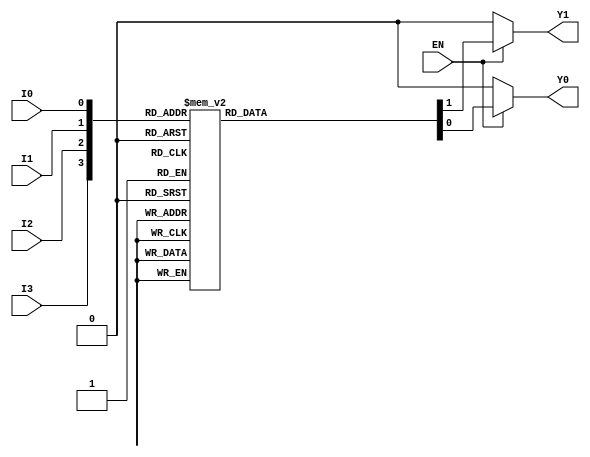
module encoder_4to2 (
    input wire I0,    // Input 0
    input wire I1,    // Input 1
    input wire I2,    // Input 2
    input wire I3,    // Input 3
    input wire EN,    // Enable signal
    output reg Y0,    // Output 0
    output reg Y1     // Output 1
);

always @(*) begin
    if (!EN) begin
        // If enable is low, set outputs to 00 (or high-impedance if needed)
        Y0 = 1'b0;
        Y1 = 1'b0;
    end else begin
        // Priority encoding
        case ({I3, I2, I1, I0})
            4'b0000: begin
                Y0 = 1'b0;
                Y1 = 1'b0; // No active input
            end
            4'b0001: begin
                Y0 = 1'b0;
                Y1 = 1'b0; // Output: 00
            end
            4'b0010: begin
                Y0 = 1'b1;
                Y1 = 1'b0; // Output: 01
            end
            4'b0100: begin
                Y0 = 1'b0;
                Y1 = 1'b1; // Output: 10
            end
            4'b1000: begin
                Y0 = 1'b1;
                Y1 = 1'b1; // Output: 11
            end
            // Handle cases with multiple active inputs
            4'b0011: begin
                Y0 = 1'b0;
                Y1 = 1'b1; // Output: 01 (I1 is prioritized)
            end
            4'b0110: begin
                Y0 = 1'b0;
                Y1 = 1'b1; // Output: 10 (I2 is prioritized)
            end
            4'b1100: begin
                Y0 = 1'b1;
                Y1 = 1'b1; // Output: 11 (I3 is prioritized)
            end
            4'b1110: begin
                Y0 = 1'b1;
                Y1 = 1'b1; // Output: 11 (I3 is prioritized)
            end
            4'b1101: begin
                Y0 = 1'b1;
                Y1 = 1'b1; // Output: 11 (I3 is prioritized)
            end
            4'b1011: begin
                Y0 = 1'b1;
                Y1 = 1'b1; // Output: 11 (I3 is prioritized)
            end
            4'b0111: begin
                Y0 = 1'b1;
                Y1 = 1'b1; // Output: 11 (I3 is prioritized)
            end
            4'b1111: begin
                Y0 = 1'b1;
                Y1 = 1'b1; // Output: 11 (I3 is prioritized)
            end
            default: begin
                Y0 = 1'b0;
                Y1 = 1'b0; // Default case (should not occur)
            end
        endcase
    end
end

endmodule